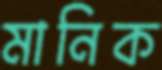
মানিক